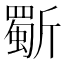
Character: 𭤦